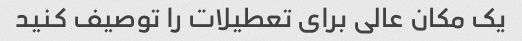
یک مکان عالی برای تعطیلات را توصیف کنید